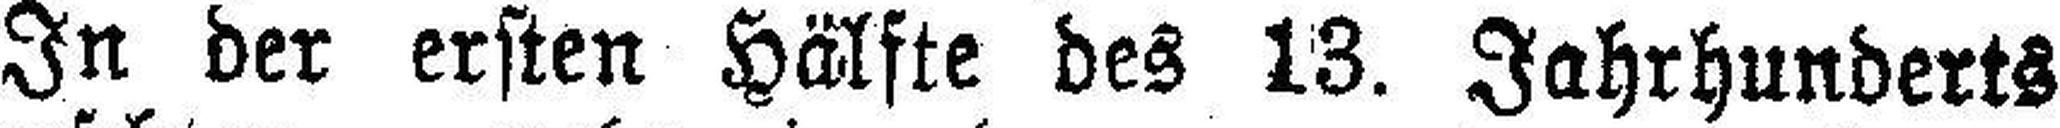
In der ersten Hälfte des 13. Jahrhunderts